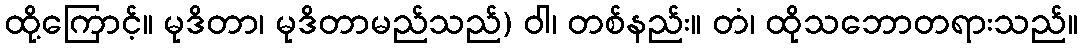
ထို့ကြောင့်။ မုဒိတာ၊ မုဒိတာမည်သည်) ဝါ၊ တစ်နည်း။ တံ၊ ထိုသဘောတရားသည်။